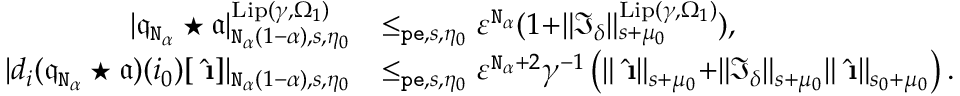
\begin{array} { r l } { | \mathfrak { q } _ { \mathtt { N } _ { \alpha } } \star \mathfrak { a } | _ { \mathtt { N } _ { \alpha } ( 1 - \alpha ) , s , \eta _ { 0 } } ^ { \mathrm { L i p } ( \gamma , \Omega _ { 1 } ) } } & { \le _ { \mathtt { p e } , s , \eta _ { 0 } } \varepsilon ^ { \mathtt { N } _ { \alpha } } ( 1 + \rVert \mathfrak { I } _ { \delta } \rVert _ { s + \mu _ { 0 } } ^ { \mathrm { L i p } ( \gamma , \Omega _ { 1 } ) } ) , } \\ { | d _ { i } ( \mathfrak { q } _ { \mathtt { N } _ { \alpha } } \star \mathfrak { a } ) ( i _ { 0 } ) [ \hat { \textbf { \i } } ] | _ { \mathtt { N } _ { \alpha } ( 1 - \alpha ) , s , \eta _ { 0 } } } & { \le _ { \mathtt { p e } , s , \eta _ { 0 } } \varepsilon ^ { \mathtt { N } _ { \alpha } + 2 } \gamma ^ { - 1 } \left( \rVert \hat { \textbf { \i } } \rVert _ { s + \mu _ { 0 } } + \rVert \mathfrak { I } _ { \delta } \rVert _ { s + \mu _ { 0 } } \rVert \hat { \textbf { \i } } \rVert _ { s _ { 0 } + \mu _ { 0 } } \right) . } \end{array}